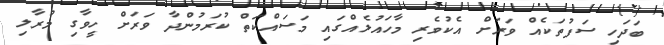
ބަދަހި ސަފުތަކެއް ވަރަށް އެކުވެރި މާހައުލެއްގައި މަސައްކަތް ކުރަމުންދާ ވަރަށް ހީވާގި މުރާލި